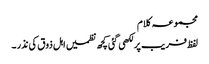
مجموعہ کلام
لفظ فریب پر لکھی گئی کچھ نظمیں اہل ذوق کی نذر ۔